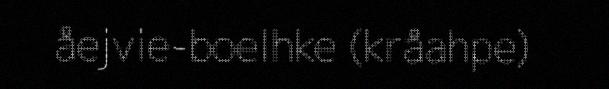
åejvie-boelhke (kråahpe)